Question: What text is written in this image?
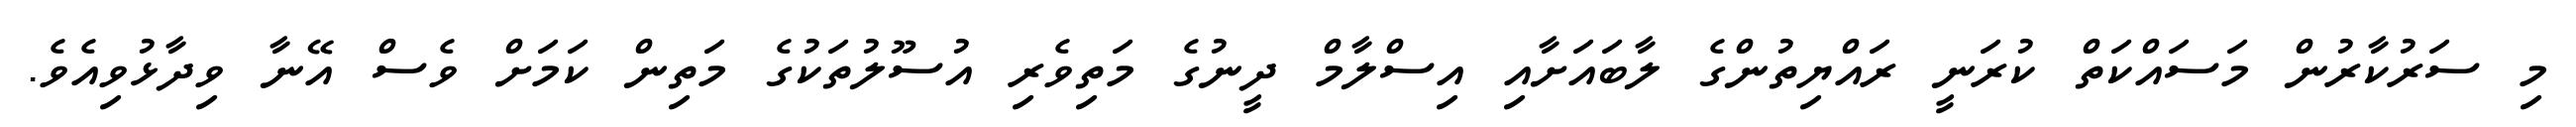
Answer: މި ސަރުކާރުން މަސައްކަތް ކުރަނީ ރައްޔިތުންގެ ލާބައަށާއި އިސްލާމް ދީނުގެ މަތިވެރި އުސޫލުތަކުގެ މަތިން ކަމަށް ވެސް އޭނާ ވިދާޅުވިއެވެ.